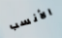
الأنسب